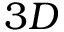
3 D